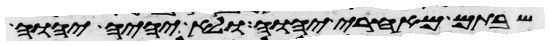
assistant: שבתם מאחרי יהוה ולא יהיה יהוה